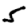
Digit: 5